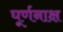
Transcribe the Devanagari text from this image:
घूर्णनाक्ष